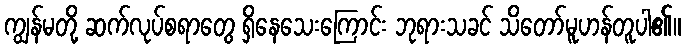
ကျွန်မတို့ ဆက်လုပ်စရာတွေ ရှိနေသေးကြောင်း ဘုရားသခင် သိတော်မူဟန်တူပါ၏။